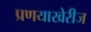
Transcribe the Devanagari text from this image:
प्रणयाखेरीज